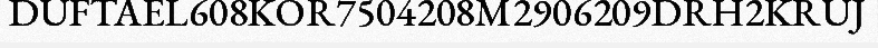
DUFTAEL608KOR7504208M2906209DRH2KRUJ